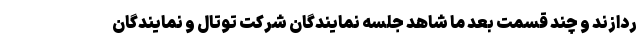
ردازند و چند قسمت بعد ما شاهد جلسه نمایندگان شرکت توتال و نمایندگان